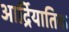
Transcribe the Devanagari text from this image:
आर्द्रियातिक